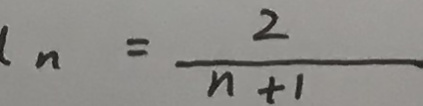
n = \frac { 2 } { n + 1 }